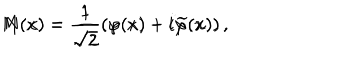
LaTeX: M ( x ) = \frac 1 { \sqrt { 2 } } \left( \varphi ( x ) - i \widetilde { \varphi } ( x ) \right) , \hspace { 0 . 3 i n } N ( x ) = \frac 1 { \sqrt { 2 } } \left( \varphi ( x ) + i \widetilde { \varphi } ( x ) \right) ,